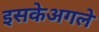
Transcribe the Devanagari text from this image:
इसकेअगले